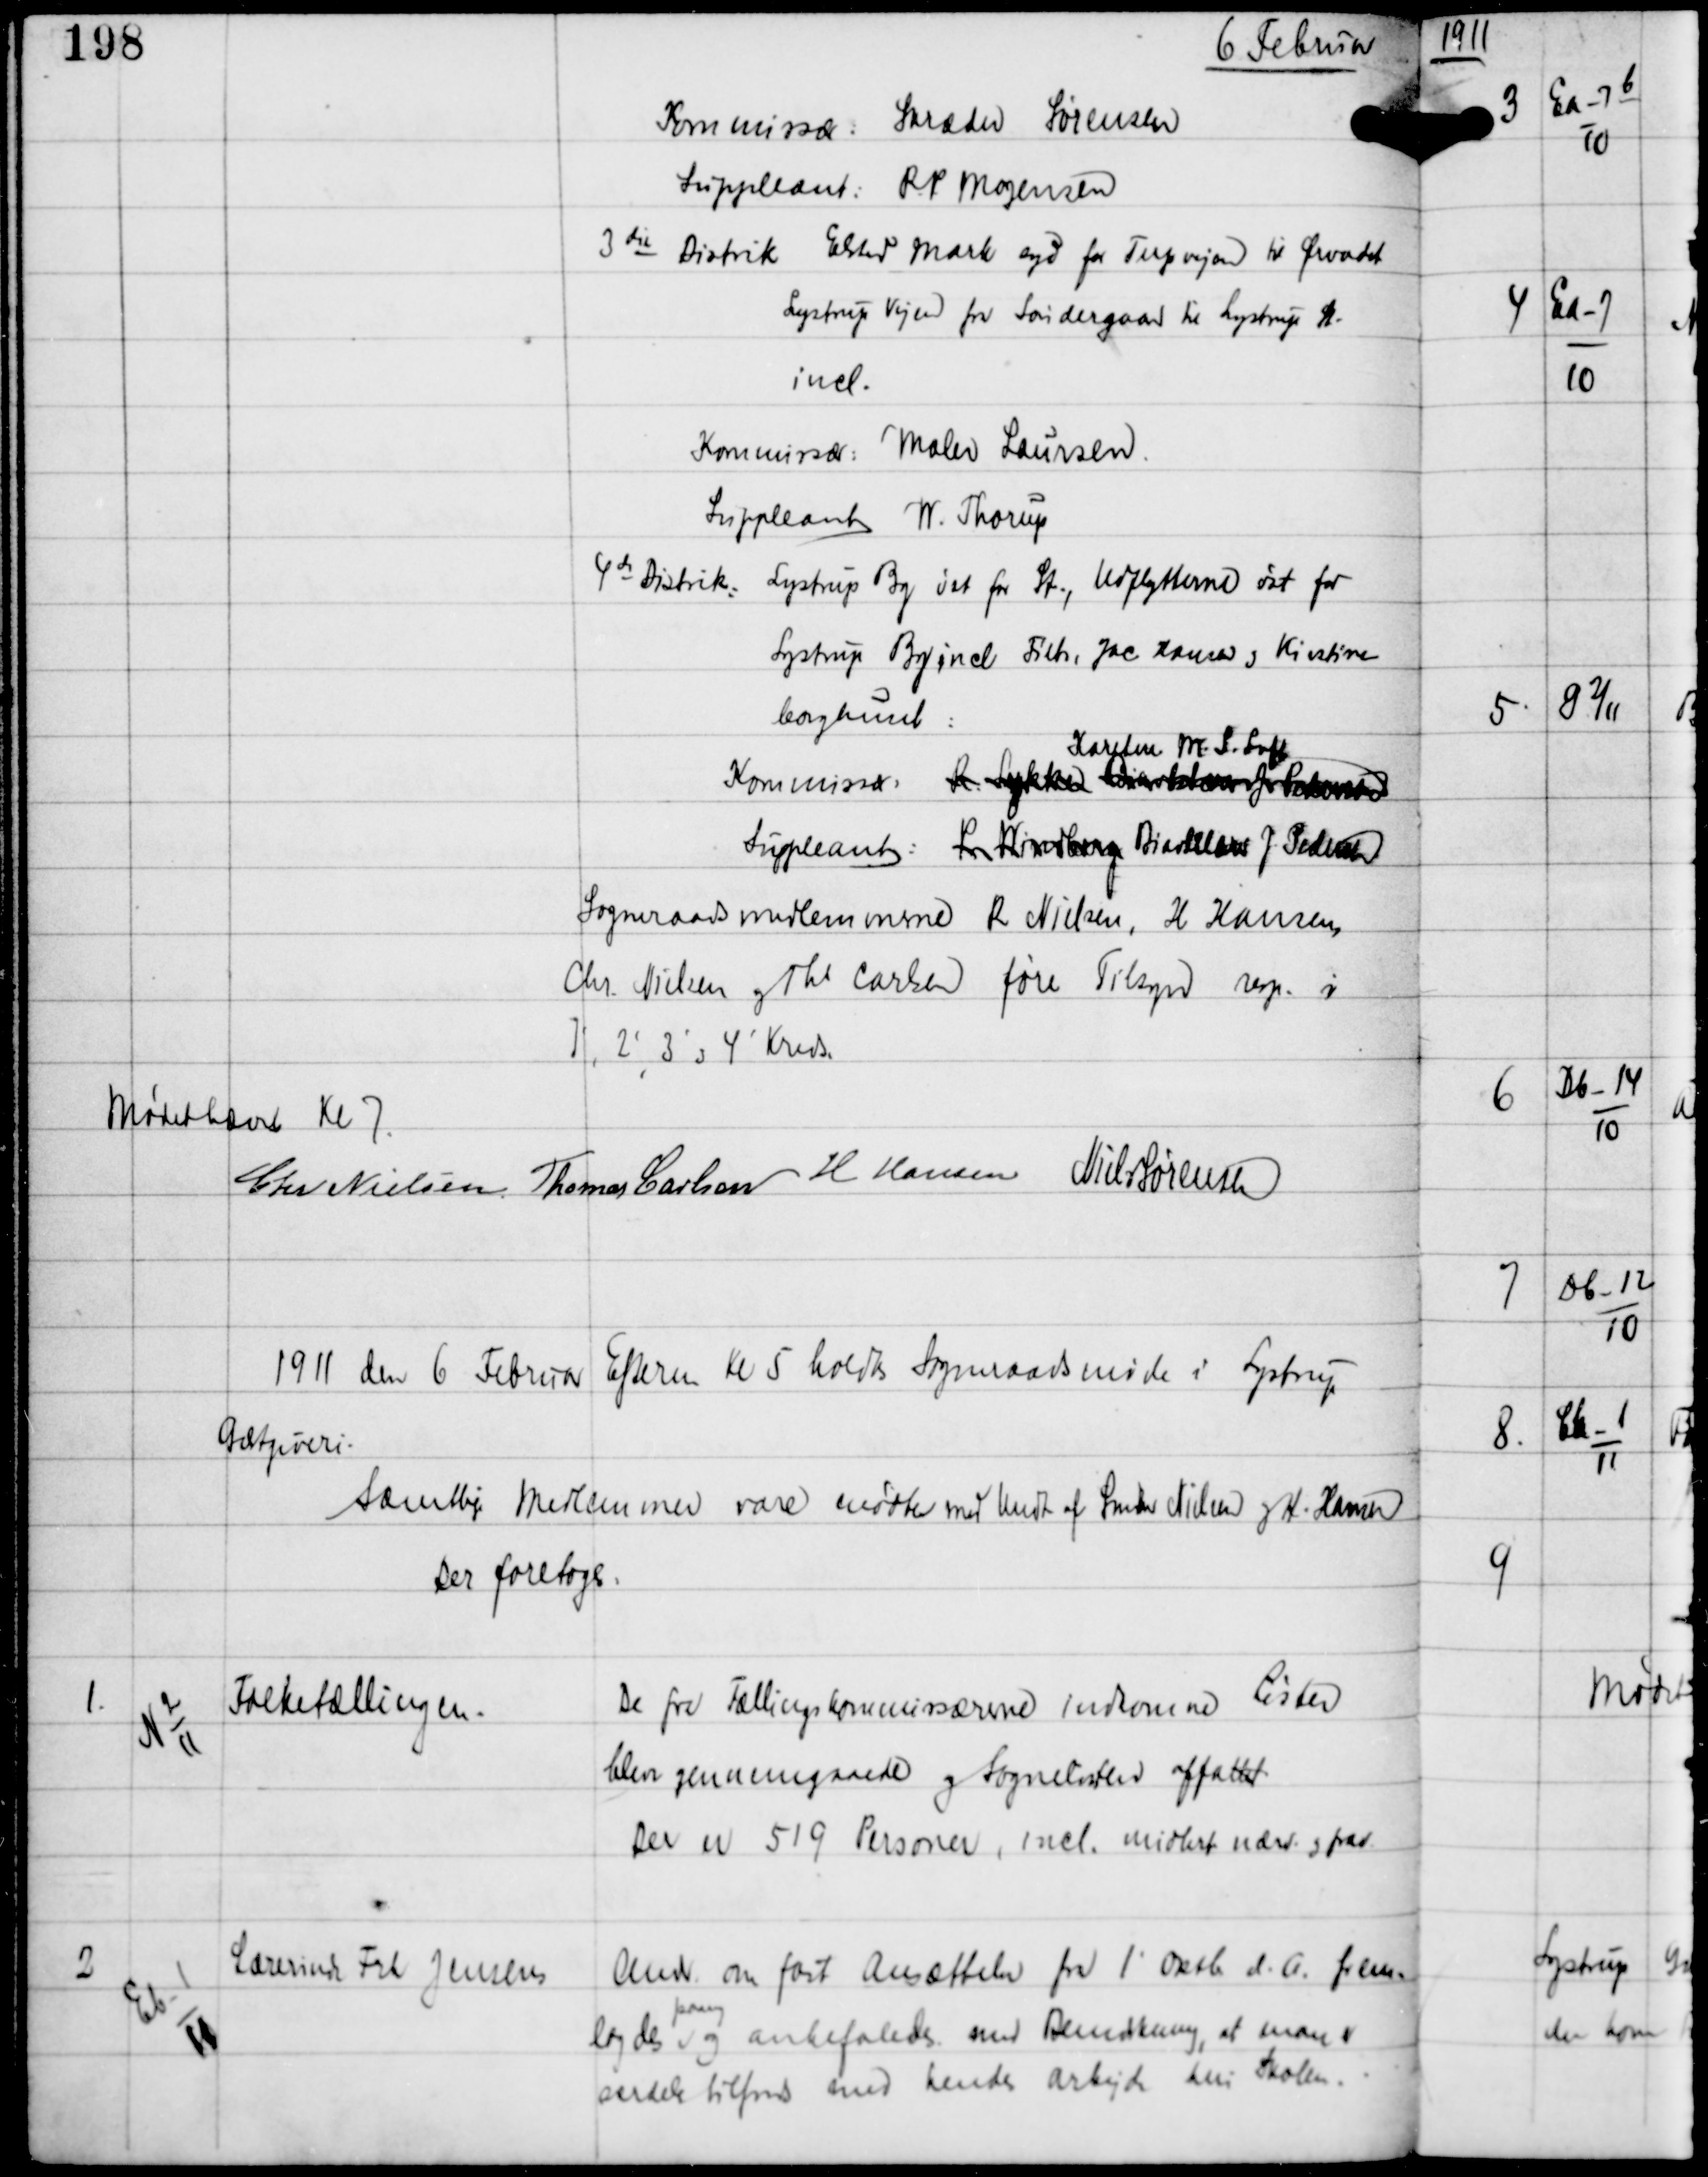
Transskription:
6 Februar

Kommissær: Skræder Sørensen
Suppleant: R.P. Mogensen
3die Distrikt Elsted Mark syd for Terpvejen til Ørvadet
Lystrup Vejen fra Søndergaard til Lystrup St
incl.
Kommissær: Maler Laursen
Suppleant W. Thorup
4de Distrikt Lystrup By øst for St., Udflytterne øst for
Lystrup By incl Fritz Jac Hansen og Kirstine
Borghuset:
Kommissær: xxxxxxxxxxxxx
Karetm M.S. Loft
Suppleant P Wxxxxx Bixxxxx J. Pedersen
Sogneraadsmedlemmerne R Nielsen, H. Hansen,
Chr Nielsen og Ths Carlsen føre Tilsyn resp i
1', 2' 3' og 4' Kreds

Mødet hævet Kl 7
Chr Nielsen Thomas Carlsen H Hansen Niels Sørensen

1911 den 6 Februar Efterm Kl 5 holdtes Sogneraadsmøde i Lystrup
Gæstgiveri.
Samtlige Medlemmer vare mødte med Undt af Snedker Nielsen og H. Hansen
Der foretoges:

1.

N 2
11

Folketællingen.

De fra Tællingskommissærerne indkomne Lister
blev gennemgaaede og Sognelister affattet.
Der er 519 Personer, incl midlert nærv og frav

2

Eb-1
11

Lærerinde Frk Jensen

Andr om fast Ansættelse fra 1' Oktb d.A. frem-
lagdes
paany
og anbefaledes med Bemærkning, at man er
særdeles tilfreds med hendes Arbejde heri Skolen.